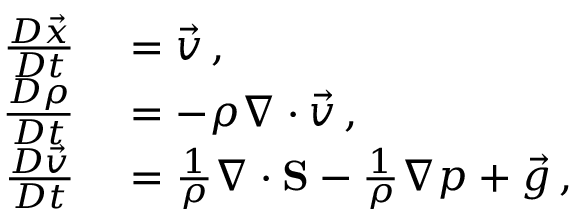
\begin{array} { r l } { \frac { D \vec { x } } { D t } } & { { } = \vec { v } \, , } \\ { \frac { D \rho } { D t } } & { { } = - \rho \nabla \cdot \vec { v } \, , } \\ { \frac { D \vec { v } } { D t } } & { { } = \frac { 1 } { \rho } \nabla \cdot \mathbf { S } - \frac { 1 } { \rho } \nabla p + \vec { g } \, , } \end{array}